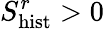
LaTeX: S_{\mathrm{hist}}^{r}>0